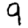
Digit: 9